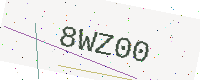
Text: 8WZ00